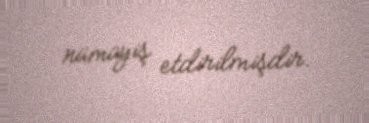
nümayiş etdirilmişdir.